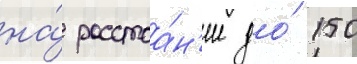
на́ расстоа́н'ие до́ 150